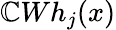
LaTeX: \mathbb{C}Wh_{j}(x)